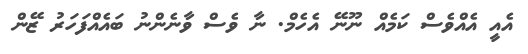
އެއީ އެއްވެސް ކަމެއް ނޫނޭ އެހެމް. ނާ ވެސް ވާނެންނު ބައެއްފަހަރު ޒޭން